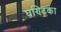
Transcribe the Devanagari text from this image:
घण्टिका